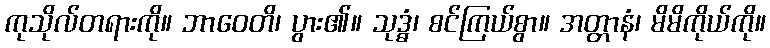
ကုသိုလ်တရားကို။ ဘာဝေတိ၊ ပွား၏။ သုဒ္ဓံ၊ စင်ကြယ်စွာ။ အတ္တာနံ၊ မိမိကိုယ်ကို။